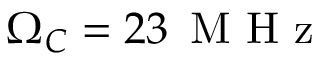
\Omega _ { C } = 2 3 \, \mathrm { ~ M ~ H ~ z ~ }